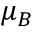
\mu _ { B }